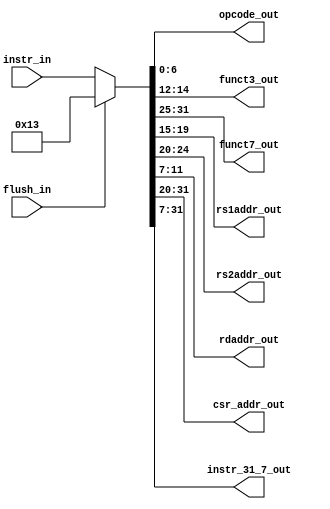
module msrv32_instruction_mux(flush_in, instr_in, opcode_out, funct3_out, funct7_out, rs1addr_out, rs2addr_out, rdaddr_out, csr_addr_out, instr_31_7_out);
input flush_in;
input [31:0] instr_in;
output [6:0] opcode_out;
output [2:0] funct3_out;
output [6:0] funct7_out;
output [4:0] rs1addr_out;
output [4:0] rs2addr_out;
output [4:0] rdaddr_out;
output [11:0] csr_addr_out;
output [24:0] instr_31_7_out;
wire [31:0] w;
assign w = flush_in?32'h00000013:instr_in;
assign opcode_out = w[6:0];
assign funct3_out = w[14:12];
assign funct7_out = w[31:25];
assign rs1addr_out = w[19:15];
assign rs2addr_out = w[24:20];
assign rdaddr_out = w[11:7];
assign csr_addr_out = w[31:20];
assign instr_31_7_out = w[31:7];
endmodule